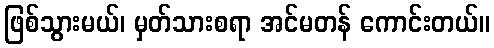
ဖြစ်သွားမယ်၊ မှတ်သားစရာ အင်မတန် ကောင်းတယ်။